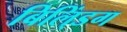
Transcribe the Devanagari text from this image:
बिलि्ंडग